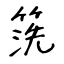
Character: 箲